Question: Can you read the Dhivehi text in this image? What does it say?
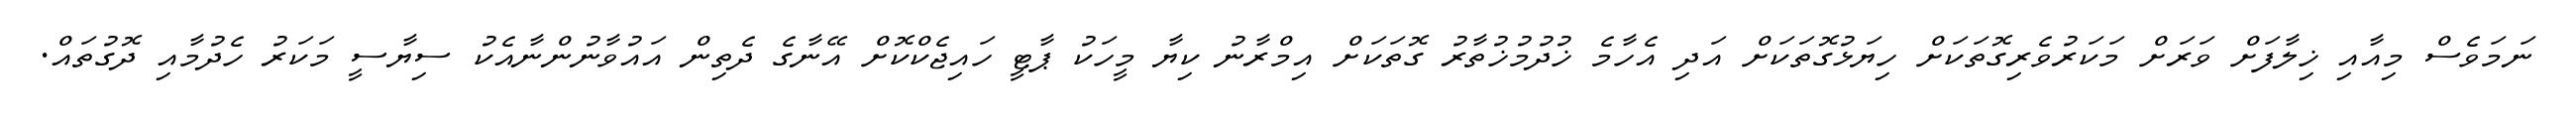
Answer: ނަމަވެސް މިއާއި ޚިލާފަށް ވަރަށް މަކަރުވެރިގޮތަކަށް ހިޔަޅުގޮތަކަށް އަދި އެހާމެ ޚުދުމުޚުތާރު ގޮތަކަށް އިމްރާނު ކިޔާ މީހަކު ޕާޓީ ހައިޖެކްކޮށް އޭނާގެ ދެތިން އައުވާނުންނާއެކު ސިޔާސީ މަކަރު ހެދުމާއި ދޮގުތައް.